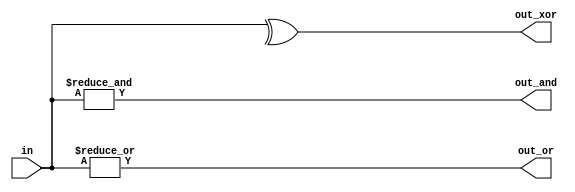
/**
 * Build a combinational circuit with 100 inputs, in[99:0].
 * 
 * There are 3 outputs:
 * 
 * out_and: output of a 100-input AND gate.
 * out_or: output of a 100-input OR gate.
 * out_xor: output of a 100-input XOR gate.
 */

module top_module( 
    input [99:0] in,
    output out_and,
    output out_or,
    output out_xor 
);

    assign out_and = &in;
    assign out_or = |in;
    assign out_xor = ^in;

endmodule